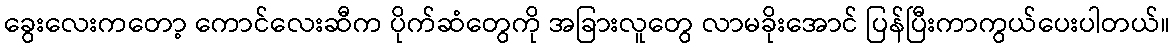
ခွေးလေးကတော့ ကောင်လေးဆီက ပိုက်ဆံတွေကို အခြားလူတွေ လာမခိုးအောင် ပြန်ပြီးကာကွယ်ပေးပါတယ်။